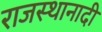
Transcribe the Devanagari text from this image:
राजस्थानादी